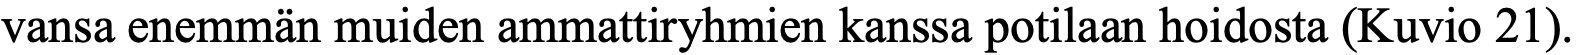
vansa enemmän muiden ammattiryhmien kanssa potilaan hoidosta (Kuvio 21).